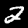
Label: 2